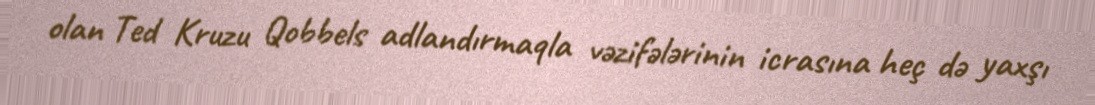
olan Ted Kruzu Qobbels adlandırmaqla vəzifələrinin icrasına heç də yaxşı